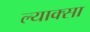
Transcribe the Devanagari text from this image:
ल्याक्सा